Medical and sanitary report of the native army of Bengal for the year
Year: 1875
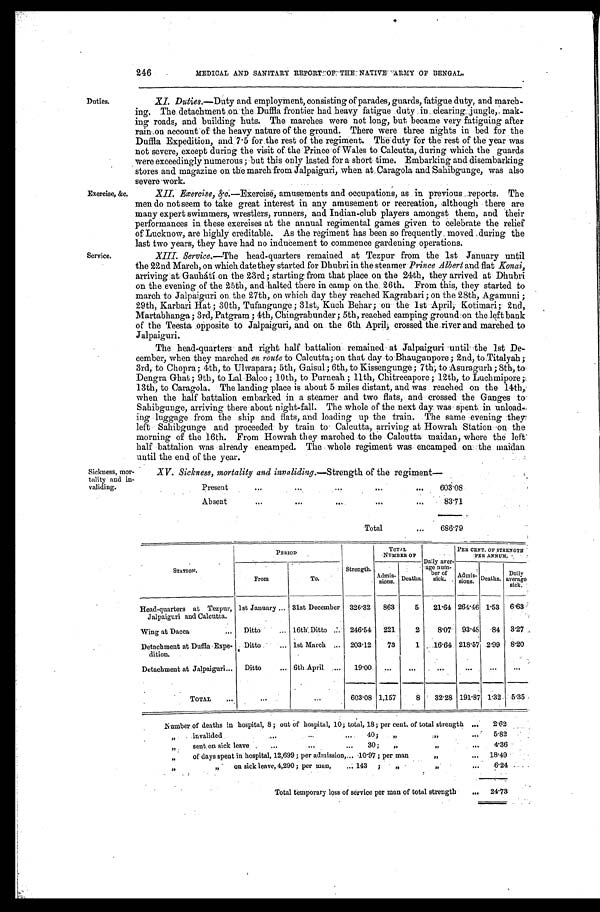
Duties.
Exercise, &c.
Service.
246 MEDICAL AND SANITARY REPORT OF THE NATIVE ARMY OF BENGAL.
XI. Duties. —Duty and employment, consisting of parades, guards, fatigue duty, and march-
ing. The detachment on the Duffla frontier had heavy fatigue duty in clearing Jungle, mak-
ing roads, and building huts. The marches were not long, but became very fatiguing after
rain on account of the heavy nature of the ground. There were three nights in bed for the
Duffla Expedition, and 7.5 for the rest of the regiment. The duty for the rest of the year was
not severe, except during the visit of the Prince of Wales to Calcutta, during which the guards
were exceedingly numerous; but this only lasted for a short time. Embarking and disembarking
stores and magazine on the march from Jalpaiguri, when at Caragola and Sahibgunge, was also
severe work.
XII. Exercise, &c.—Exercise, amusements and occupations, as in previous reports. The
men do not seem to take great interest in any amusement or recreation, although there are
many expert swimmers, wrestlers, runners, and Indian-club players amongst them, and their
performances in these exercises at the annual regimental games given to celebrate the relief
of Lucknow, are highly creditable. As the regiment has been so frequently moved during the
last two years, they have had no inducement to commence gardening operations.
XIII. Service.—The head quarters remained at Tezpur from the 1st January until
the 22nd March, on which date they started for Dhubri in the steamer Prince Albert and flat Konai,
arriving at Gauhátí on the 23rd; starting from that place on the 24th, they arrived at Dhubri
on the evening of the 25th, and halted there in camp on the 26th. From this, they started to
march to Jalpaiguri on the 27th, on which day they reached Kagrabari; on the 28th, Agamuni;
29th, Karbari Hat; 30th, Tufangunge; 31st, Kuch Behar; on the 1st April, Kotimari; 2nd,
Martabhanga; 3rd, Patgram; 4th, Chingrabunder; 5th, reached camping ground on the left bank
of the Teesta opposite to Jalpaiguri, and on the 6th April, crossed the river and marched to
Jalpaiguri.
The head-quarters and right half battalion remained at Jalpaiguri until the 1st De-
cember, when they marched en route to Calcutta; on that day to Bhauganpore; 2nd, to Titalyah;
3rd, to Chopra; 4th, to Ulwapara; 5th, Gaisul; 6th, to Kissengunge; 7th, to Asuragurh; 8th, to
Dengra Ghat; 9th, to Lal Baloo; 10th, to Purneah; 11th, Chitreeapore; 12th, to Luchmipore
; 1 3 t h , t o C a r a g o l a . T h e l a n d i n g p l a c e i s a b o u t 5 m i l e s d i s t a n t , a n d w a s r e a c h e d o n t h e 1 4 t h ,
when the half battalion embarked in a steamer and two flats, and crossed the Ganges to
Sahibgunge, arriving there about night-fall. The whole of the next day was spent in unload-
ing luggage from the ship and flats, and loading up the train. The same evening they
left Sahibgunge and proceeded by train to Calcutta, arriving at Howrah Station on the
morning of the 16th. From Howrah they marched to the Calcutta maidan, where the left
half battalion was already encamped. The whole regiment was encamped on the maidan
u n t i l t h e e n d o f t h e y e a r .
Sickness, mor-
tality and in-
validing.
XV. Sickness, mortality and invaliding. —Strength of the regiment—
Present
603.08
A b s e n t .
83.71
Total
686.79
S T A T I O N .
PERIOD
TOTAL
NUMBER OF Daily aver-
age num- b e r
sick
PRE CENT. OF STRENGTH
PER ANNUM.
From
T o .
Strength. Admis- sions. Deaths.
Admis- s i o n s . Deaths. Daily
average sick.
Head-quarters at Tezpur,
Jalpaiguri and Calcutta.
1st January 31st December 326.32 863
5 21.64 264.46 1.53 6.63
Wing at Dacca
Ditto
16th Ditto
246.54 221
2
8.07 93.48 84 3.27
Detachment at Duffla Expe-
dition.
Ditto
1st March
203.12 73
1 16.64 218.57 2.99 8.20
Detachment at Jalpaiguri
Ditto
6th April
19.00
TOTAL
603.08 1,157
8 32.28 191.87 1.32 5.35
Number of deaths in hospital, 8; out of hospital, 10; total, 18; per cent. of total strength
2.62
„ invalided 40; „
5.82
„ sent, on sick leave30;
„ „
4.36
„ of days spent in hospital, 12,699; per admission 10.97 ; per man
„
18.49
„ „on sick leave, 4,290; per man, 143;
„ „
6.24
Total temporary loss of service per man of total strength
24.73